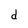
Character: d